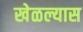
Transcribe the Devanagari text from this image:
खेळल्यास